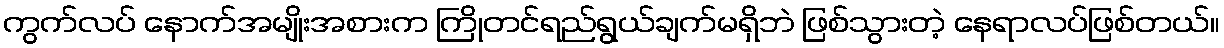
ကွက်လပ် နောက်အမျိုးအစားက ကြိုတင်ရည်ရွယ်ချက်မရှိဘဲ ဖြစ်သွားတဲ့ နေရာလပ်ဖြစ်တယ်။